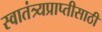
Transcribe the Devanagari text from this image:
स्वातंत्र्यप्राप्तीसाठी